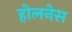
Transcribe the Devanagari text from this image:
होलनेस